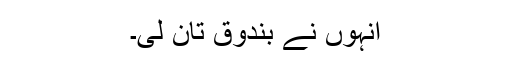
انہوں نے بندوق تان لی۔